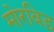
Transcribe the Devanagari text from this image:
मोरबिड